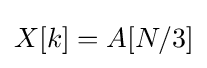
X[k]=A[N/3]